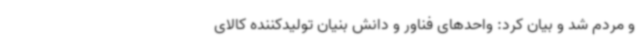
و مردم شد و بیان کرد: واحدهای فناور و دانش بنیان تولیدکننده کالای